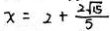
x = 2 + \frac { 2 \sqrt { 1 5 } } { 5 }